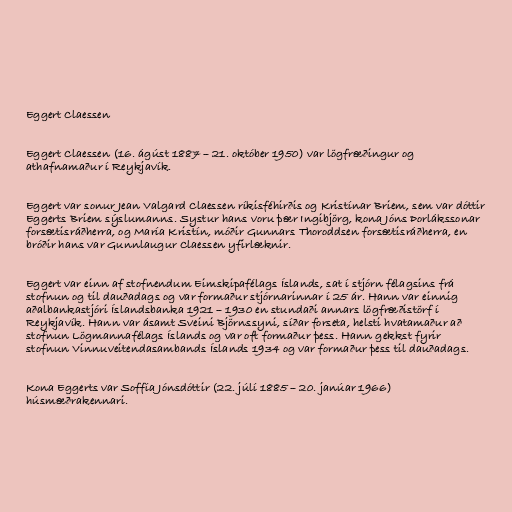
Eggert Claessen

Eggert Claessen (16. ágúst 1887 – 21. október 1950) var lögfræðingur og
athafnamaður í Reykjavík.

Eggert var sonur Jean Valgard Claessen ríkisféhirðis og Kristínar Briem, sem var dóttir
Eggerts Briem sýslumanns. Systur hans voru þær Ingibjörg, kona Jóns Þorlákssonar
forsætisráðherra, og María Kristín, móðir Gunnars Thoroddsen forsætisráðherra, en
bróðir hans var Gunnlaugur Claessen yfirlæknir.

Eggert var einn af stofnendum Eimskipafélags Íslands, sat í stjórn félagsins frá
stofnun og til dauðadags og var formaður stjórnarinnar í 25 ár. Hann var einnig
aðalbankastjóri Íslandsbanka 1921 – 1930 en stundaði annars lögfræðistörf í
Reykjavík. Hann var ásamt Sveini Björnssyni, síðar forseta, helsti hvatamaður að
stofnun Lögmannafélags Íslands og var oft formaður þess. Hann gekkst fyrir
stofnun Vinnuveitendasambands Íslands 1934 og var formaður þess til dauðadags.

Kona Eggerts var Soffía Jónsdóttir (22. júlí 1885 – 20. janúar 1966)
húsmæðrakennari.